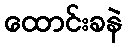
ထောင်းခနဲ